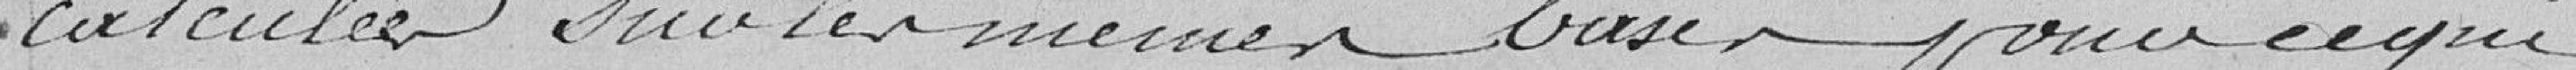
calculées sur les memes bases  pour ce qui